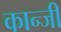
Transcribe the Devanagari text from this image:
कान्जी